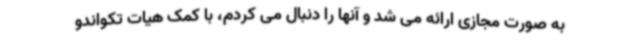
به صورت مجازی ارائه می شد و آنها را دنبال می کردم، با کمک هیات تکواندو